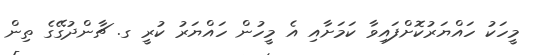
މީހަކު ހައްޔަރުކޮށްފައިވާ ކަމަށާއި އެ މީހުން ހައްޔަރު ކުރީ ގ. ޗާންދުގޭގެ ތިން